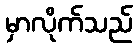
မှာလိုက်သည်